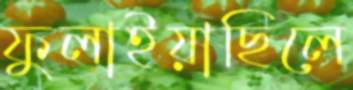
ফুলাইয়াছিলে